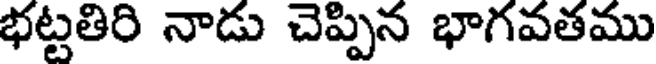
భట్టతిరి నాడు చెప్పిన భాగవతము